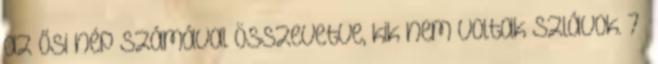
az ősi nép számával összevetve, kik nem voltak szlávok. 7